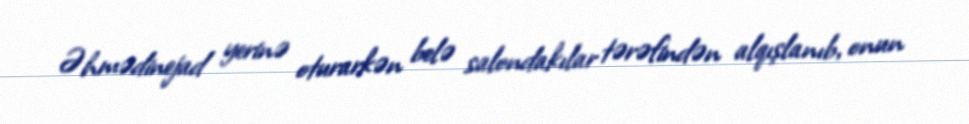
Əhmədinejad yerinə oturarkən belə salondakılar tərəfindən alqışlanıb, onun